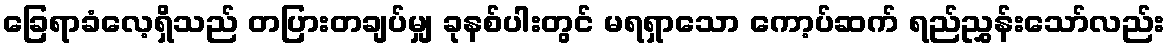
ခြေရာခံလေ့ရှိသည် တပြားတချပ်မျှ ခုနစ်ပါးတွင် မရရှာသော ကော့ပ်ဆက် ရည်ညွှန်းသော်လည်း